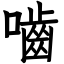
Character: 嚙